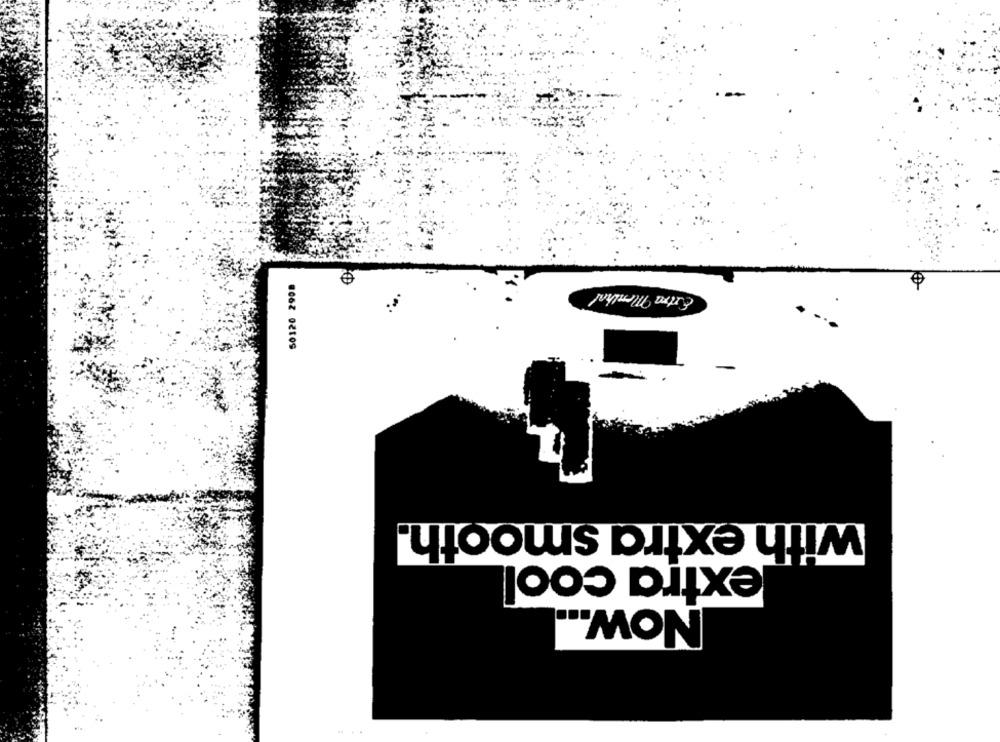
50120 2908
Extra Menthal
with extra smooth.
extra cool
"MON